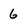
Character: 6